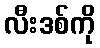
လီးဒစ်ကို